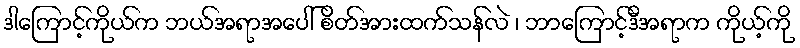
ဒါကြောင့်ကိုယ်က ဘယ်အရာအပေါ် စိတ်အားထက်သန်လဲ ၊ ဘာကြောင့်ဒီအရာက ကိုယ့်ကို